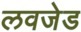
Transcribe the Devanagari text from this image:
लवजेड